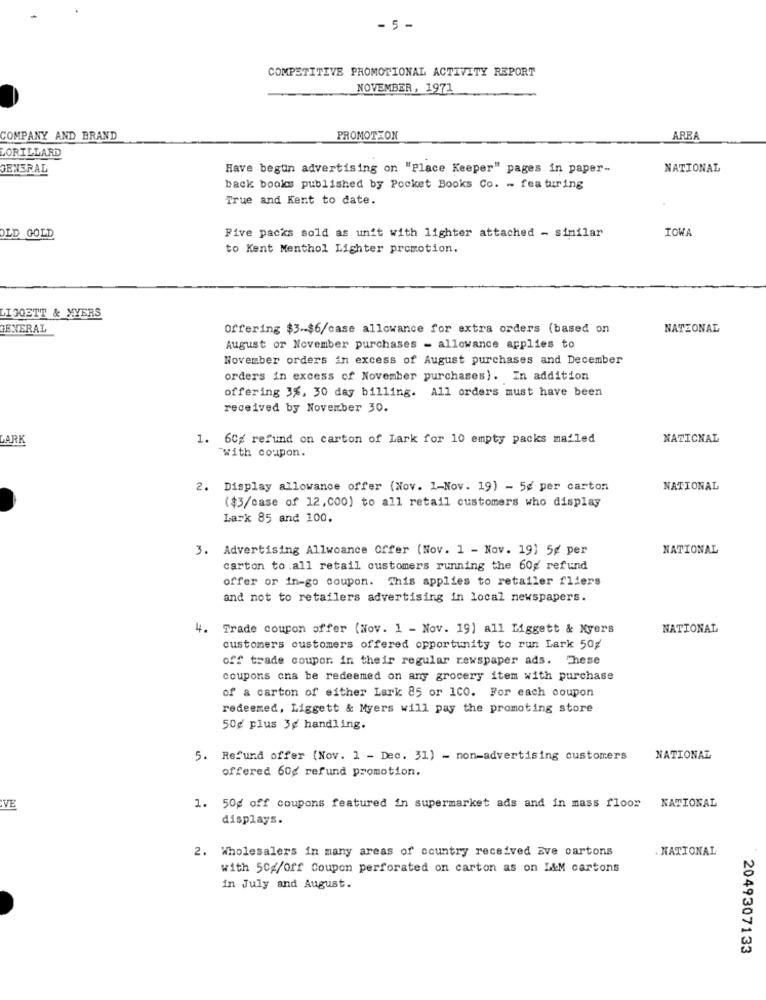
- 5 -
COMPETITIVE PROMOTIONAL ACTIVITY REPORT
NOVEMBER, 1971
COMPANY AND BRAND
PROMOTION
AREA
LORILLARD
GENERAL
Have begun advertising on "Place Keeper" pages in paper-
NATIONAL
back books published by Pocket Books Co. - featuring
True and Kent to date.
TOWA
OLD GOLD
Five packs sold as unit with lighter attached - similar
to Kent Menthol Lighter promotion.
LIGGETT & YYERS
GENERAL
Offering $3-$6/case allowance for extra orders (based on
NATIONAL
August or November purchases - allowance applies to
November orders in excess of August purchases and December
orders in excess of November purchases). In addition
offering 3%, 30 day billing. All orders must have been
received by November 30.
PARK
1. 60g refund on carton of Lark for 10 empty packs mailed
NATIONAL
with coupon.
Display allowance offer (Nov. 1-Nov. 19) - 5g per carton
NATIONAL
($3/case of 12,000) to all retail customers who display
Lark 85 and 100.
3. Advertising Allwoance Offer (Nov. 1 - Nov. 19) 5g per
NATIONAL
carton to .all retail customers running the 60g refund
offer or in-go coupon. This applies to retailer fliers
and not to retailers advertising in local newspapers.
4. Trade coupon offer (Nov. 1 - Nov. 19) all Liggett & Nyers
NATIONAL
customers customers offered opportunity to run Lark 50%
off trade coupor in their regular newspaper ads. These
coupons cna be redeemed on any grocery item with purchase
of a carton of either Lark 85 or 1CO. For each coupon
redeemed, Liggett & Myers will pay the promoting store
50¢ plus 3¢ handling.
5. Refund offer (Nov. 1 - Dec. 31) - non-advertising customers
NATIONAL
offered 60g refund promotion.
VE
1. 50g off coupons featured in supermarket ads and in mass floor
NATIONAL
displays.
2. Wholesalers in many areas of country received ave cartons
NATIONAL
with 50g/off Coupon perforated on carton as on I&M cartons
in July and August.
2049307133